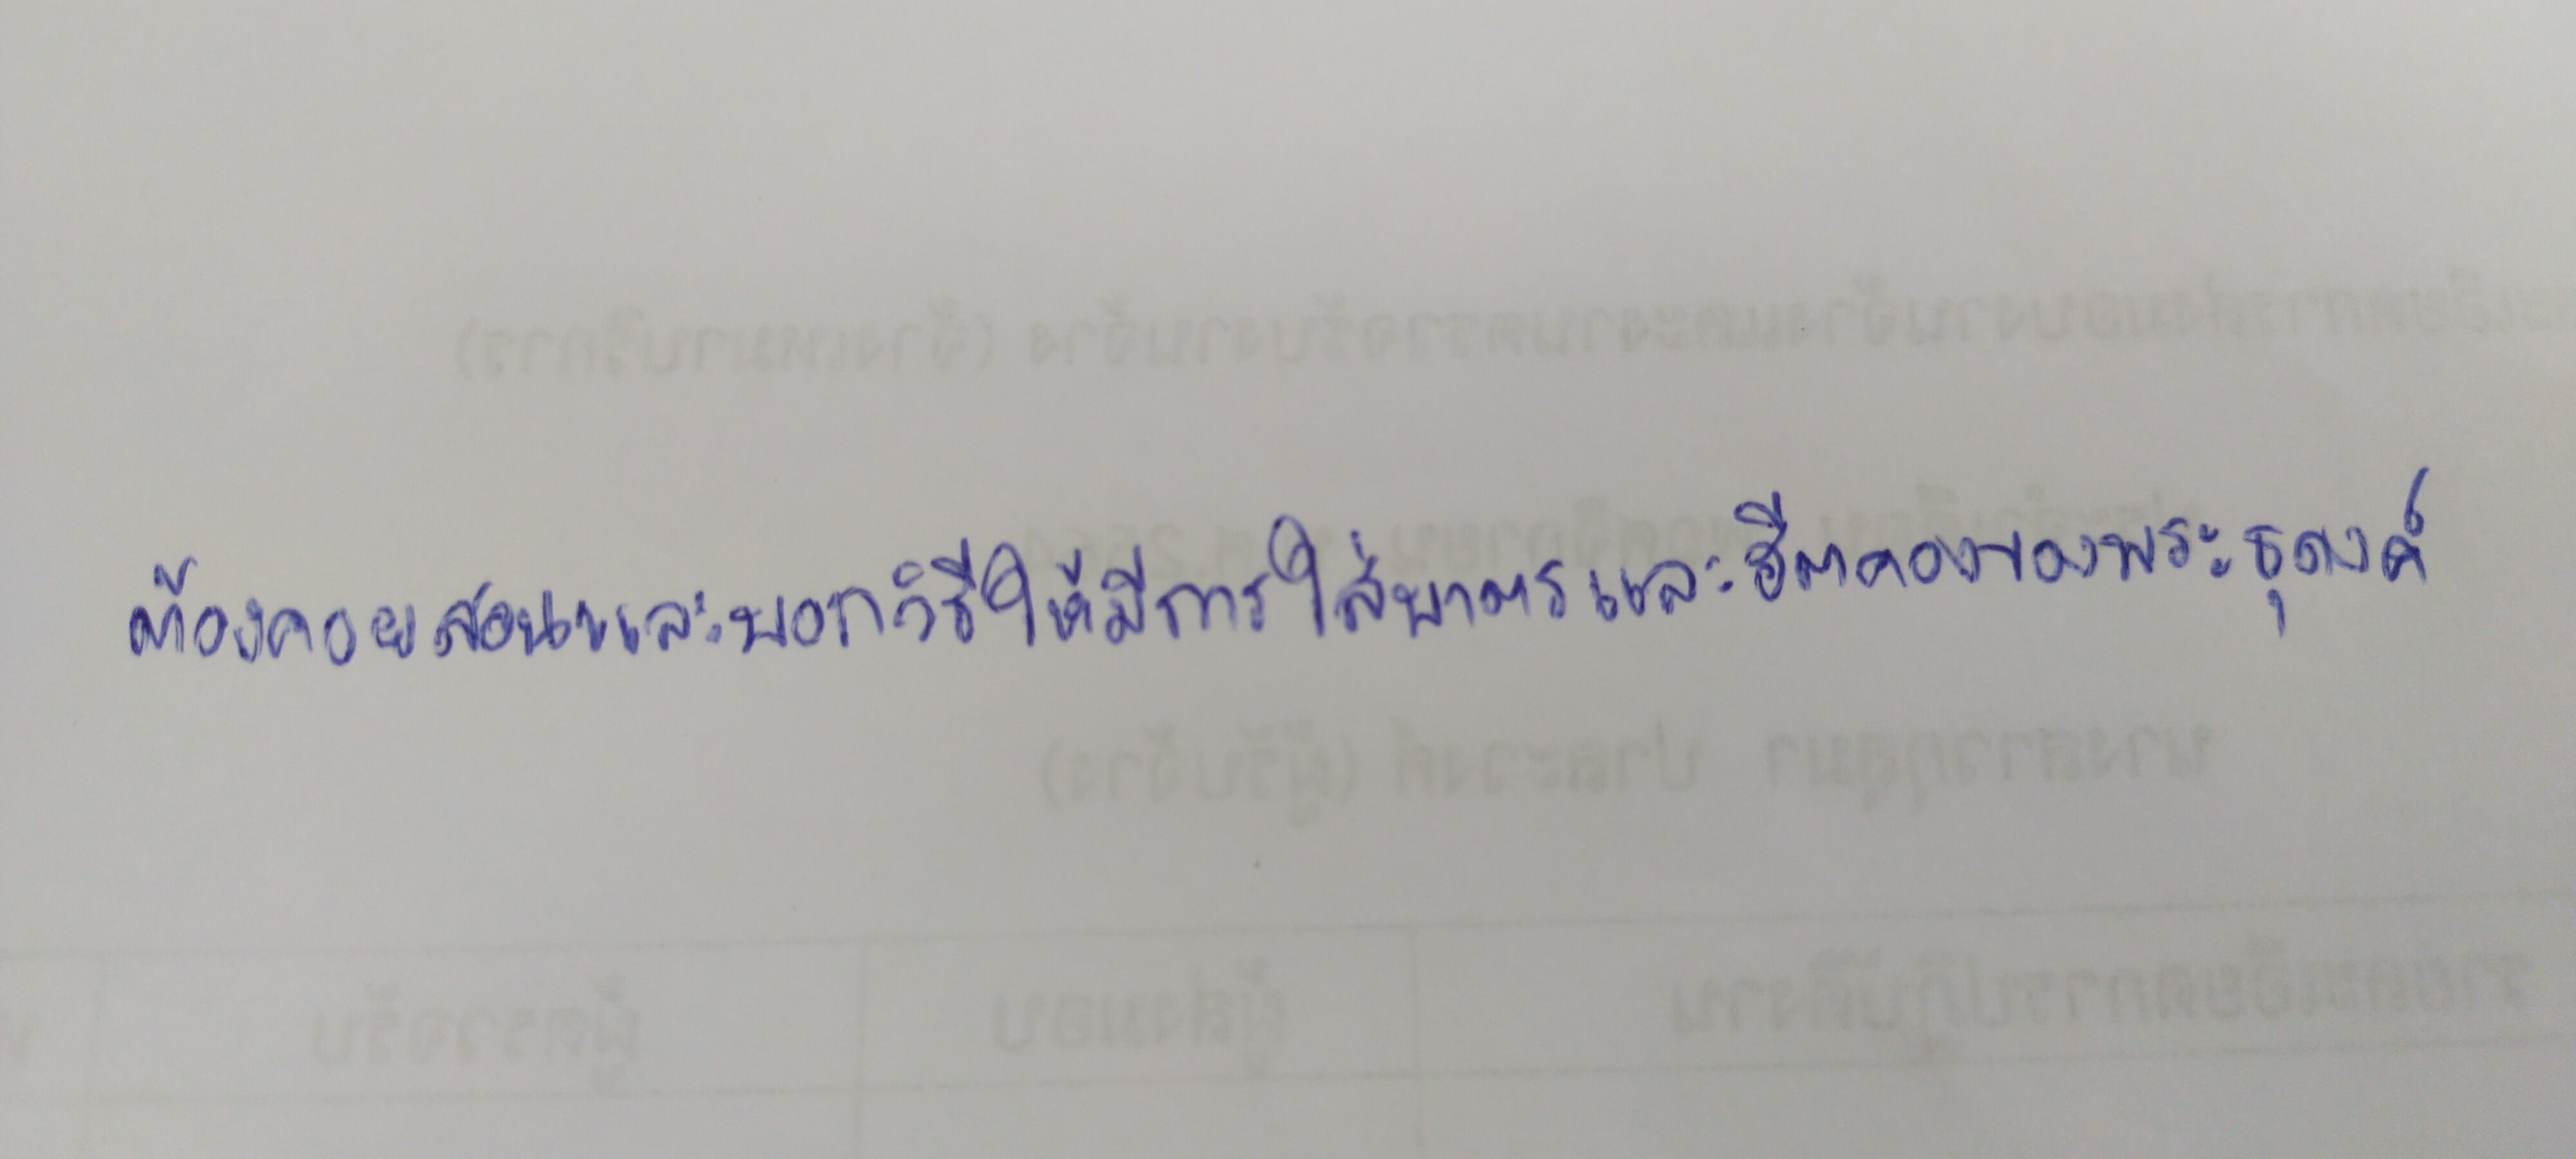
ต้องคอยสอนและบอกวิธีให้มีการใส่บาตรและฮีตคองของพระธุดงค์